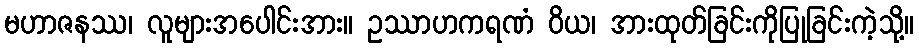
မဟာဇနဿ၊ လူများအပေါင်းအား။ ဥဿာဟကရဏံ ဝိယ၊ အားထုတ်ခြင်းကိုပြုခြင်းကဲ့သို့။